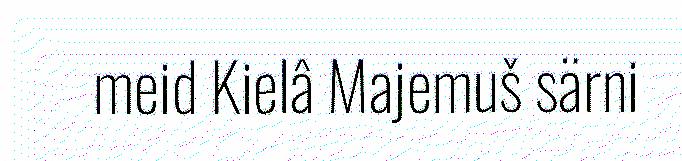
meid Kielâ Majemuš särni